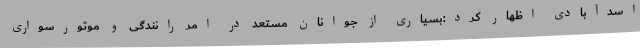
اسدآبادی اظهار کرد:بسیاری از جوانان مستعد در امر رانندگی و موتورسواری